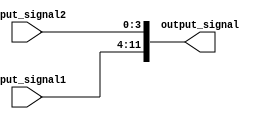
module Concatenation_statement(
    input [7:0] input_signal1,
    input [3:0] input_signal2,
    output [11:0] output_signal
);

assign output_signal = {input_signal1, input_signal2};

endmodule